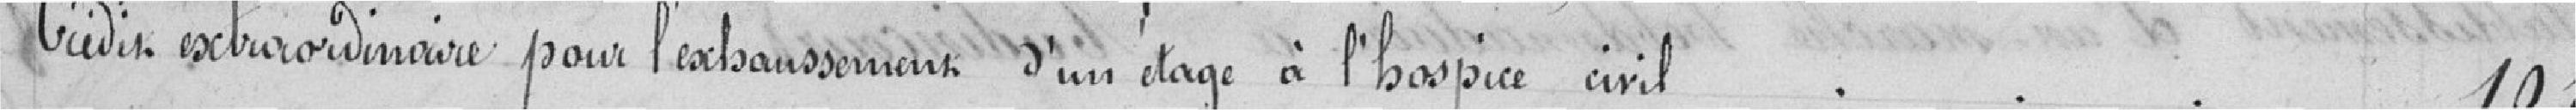
Crédit extraordinaire pour l'exhaussement d'un étage à l'hospice civil.